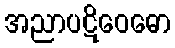
အညာပဋိဝေဓော